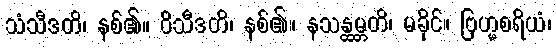
သံသီဒတိ၊ နစ်၏။ ဝိသီဒတိ၊ နစ်၏။ နသန္ထမ္ဘတိ၊ မခိုင်။ ဗြဟ္မစရိယံ၊